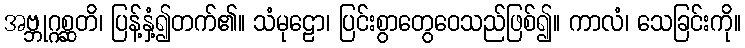
အဗ္ဘုဂ္ဂစ္ဆတိ၊ ပြန့်နှံ့၍တက်၏။ သံမုဠော၊ ပြင်းစွာတွေဝေသည်ဖြစ်၍။ ကာလံ၊ သေခြင်းကို။